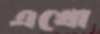
এখো